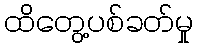
ထိတွေ့ပစ်ခတ်မှု